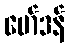
မော်ဒန်